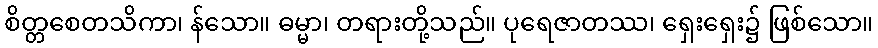
စိတ္တစေတသိကာ၊ န်သော။ ဓမ္မာ၊ တရားတို့သည်။ ပုရေဇာတဿ၊ ရှေးရှေး၌ ဖြစ်သော။